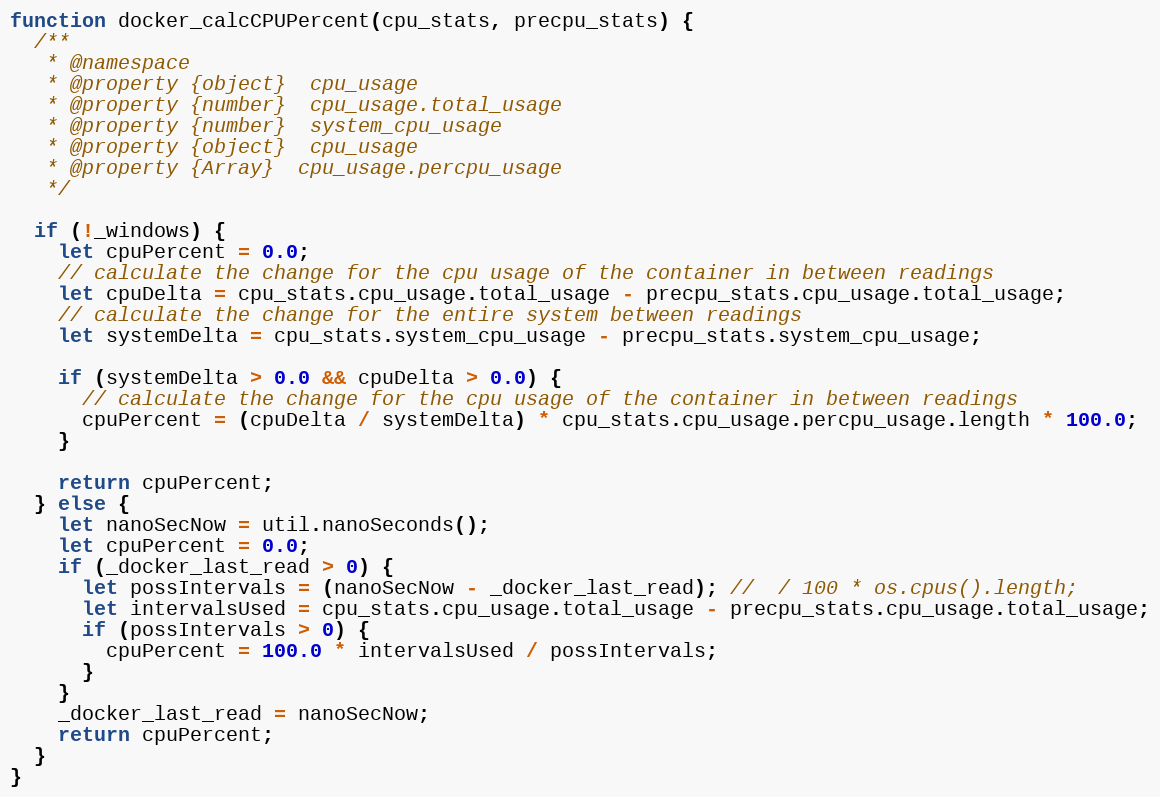
Language: JavaScript
function docker_calcCPUPercent(cpu_stats, precpu_stats) {
  /**
   * @namespace
   * @property {object}  cpu_usage
   * @property {number}  cpu_usage.total_usage
   * @property {number}  system_cpu_usage
   * @property {object}  cpu_usage
   * @property {Array}  cpu_usage.percpu_usage
   */

  if (!_windows) {
    let cpuPercent = 0.0;
    // calculate the change for the cpu usage of the container in between readings
    let cpuDelta = cpu_stats.cpu_usage.total_usage - precpu_stats.cpu_usage.total_usage;
    // calculate the change for the entire system between readings
    let systemDelta = cpu_stats.system_cpu_usage - precpu_stats.system_cpu_usage;

    if (systemDelta > 0.0 && cpuDelta > 0.0) {
      // calculate the change for the cpu usage of the container in between readings
      cpuPercent = (cpuDelta / systemDelta) * cpu_stats.cpu_usage.percpu_usage.length * 100.0;
    }

    return cpuPercent;
  } else {
    let nanoSecNow = util.nanoSeconds();
    let cpuPercent = 0.0;
    if (_docker_last_read > 0) {
      let possIntervals = (nanoSecNow - _docker_last_read); //  / 100 * os.cpus().length;
      let intervalsUsed = cpu_stats.cpu_usage.total_usage - precpu_stats.cpu_usage.total_usage;
      if (possIntervals > 0) {
        cpuPercent = 100.0 * intervalsUsed / possIntervals;
      }
    }
    _docker_last_read = nanoSecNow;
    return cpuPercent;
  }
}